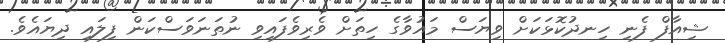
ޝިއާފް ފެނި ހިނދުކޮޅަކަށް ވިޔަސް މައުވާގެ ހިތަށް ވެރިވެފައިވި ނުތަނަވަސްކަން ފިލައި ދިޔައެވެ.